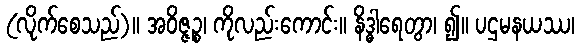
(လိုက်စေသည်)။ အဝိဇ္ဇဉ္စ၊ ကိုလည်းကောင်း။ နိဒ္ဓါရေတွာ၊ ၍။ ပဌမနယဿ၊